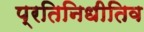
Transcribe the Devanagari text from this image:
प्रतिनिधीतिव